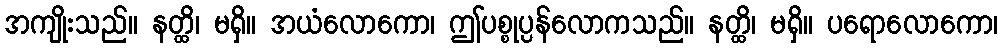
အကျိုးသည်။ နတ္ထိ၊ မရှိ။ အယံလောကော၊ ဤပစ္စုပ္ပန်လောကသည်။ နတ္ထိ၊ မရှိ။ ပရောလောကော၊